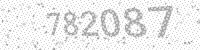
Solution: 782087